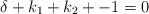
LaTeX: \begin{align*}\delta + k_1 + k_2 + - 1 = 0\end{align*}